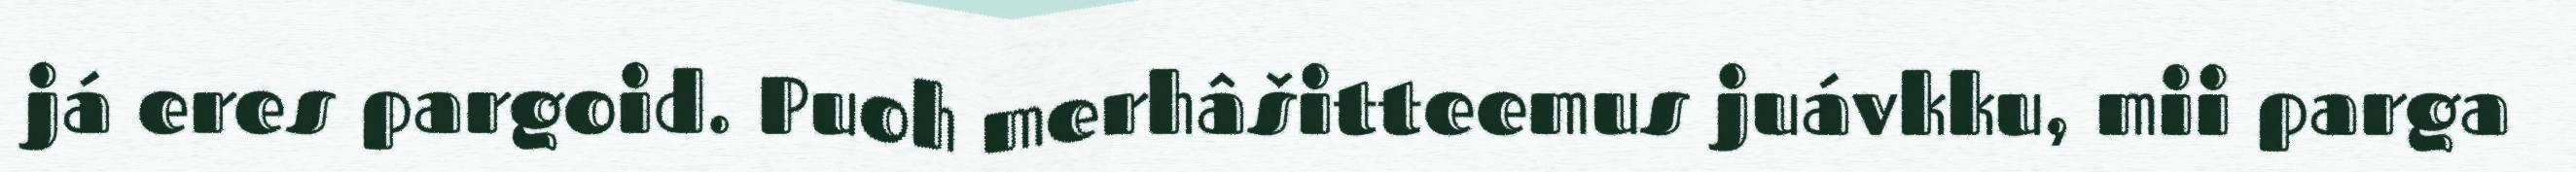
já eres pargoid. Puoh merhâšitteemus juávkku, mii parga